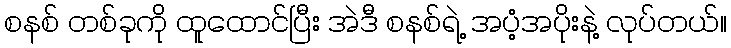
စနစ် တစ်ခုကို ထူထောင်ပြီး အဲဒီ စနစ်ရဲ့ အပံ့အပိုးနဲ့ လုပ်တယ်။